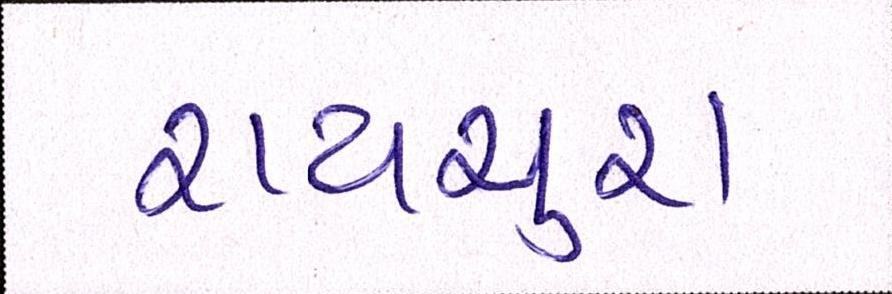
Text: રાયચુરા